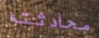
محادثته